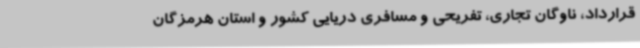
قرارداد، ناوگان تجاری، تفریحی و مسافری دریایی کشور و استان هرمزگان